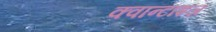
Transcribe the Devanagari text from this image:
क्वान्टाइज़